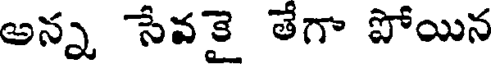
అన్న సేవకై తేగా పోయిన